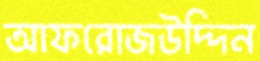
আফরোজউদ্দিন